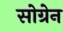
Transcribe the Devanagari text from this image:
सोग्रेन